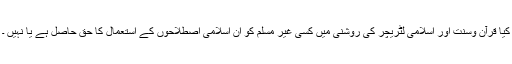
کیا قرآن وسنت اور اسلامی لٹریچر کی روشنی میں کسی غیر مسلم کو ان اسلامی اصطلاحوں کے استعمال کا حق حاصل ہے یا نہیں ۔